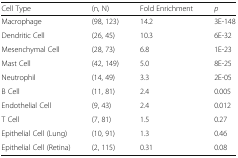
<table><thead><tr><td><b>Cell Type</b></td><td><b>(n, N)</b></td><td><b>Fold Enrichment</b></td><td><b><i>p</i></b></td></tr></thead><tbody><tr><td>Macrophage</td><td>(98, 123)</td><td>14.2</td><td>3E-148</td></tr><tr><td>Dendritic Cell</td><td>(26, 45)</td><td>10.3</td><td>6E-32</td></tr><tr><td>Mesenchymal Cell</td><td>(28, 73)</td><td>6.8</td><td>1E-23</td></tr><tr><td>Mast Cell</td><td>(42, 149)</td><td>5.0</td><td>8E-25</td></tr><tr><td>Neutrophil</td><td>(14, 49)</td><td>3.3</td><td>2E-05</td></tr><tr><td>B Cell</td><td>(11, 81)</td><td>2.4</td><td>0.005</td></tr><tr><td>Endothelial Cell</td><td>(9, 43)</td><td>2.4</td><td>0.012</td></tr><tr><td>T Cell</td><td>(7, 81)</td><td>1.5</td><td>0.27</td></tr><tr><td>Epithelial Cell (Lung)</td><td>(10, 91)</td><td>1.3</td><td>0.46</td></tr><tr><td>Epithelial Cell (Retina)</td><td>(2, 115)</td><td>0.31</td><td>0.08</td></tr></tbody></table>